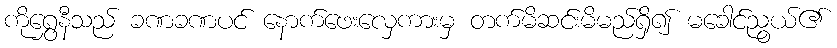
ကိုရွှေနီသည် ခဏခဏပင် နောက်ဖေးလှေကားမှ တက်မိဆင်းမိမည်ရှိ၍ မခေါင်ညွယ်၏